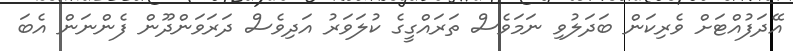
އޭދަފުއްޓަށް ވެރިކަން ބަދަލުވި ނަމަވެސް ތަރައްގީގެ ކުލަވަރު އަދިވެސް ދަރަވަންދޫން ފެންނަން އެބަ